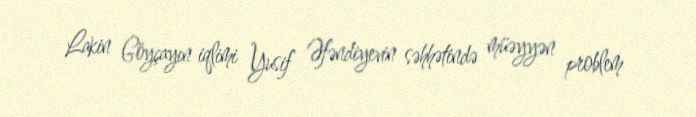
Lakin Göyçayın iqlimi Yusif Əfəndiyevin səhhətində müəyyən problem